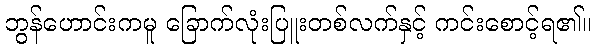
ဘွန်ဟောင်းကမူ ခြောက်လုံးပြူးတစ်လက်နှင့် ကင်းစောင့်ရ၏။